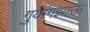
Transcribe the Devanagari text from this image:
गुयांगझाऊ